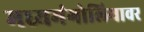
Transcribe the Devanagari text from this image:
मध्यमंगोलियावर